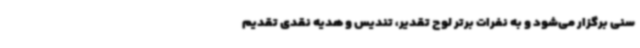
سنی برگزار می‌شود و به نفرات برتر لوح تقدیر، تندیس و هدیه نقدی تقدیم